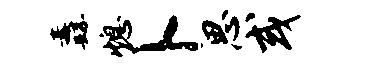
纛熄卜思或